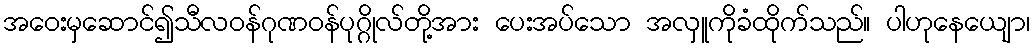
အဝေးမှဆောင်၍သီလဝန်ဂုဏဝန်ပုဂ္ဂိုလ်တို့အား ပေးအပ်သော အလှူကိုခံထိုက်သည်။ ပါဟုနေယျော၊